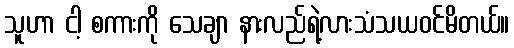
သူဟာ ငါ့ စကားကို သေချာ နားလည်ရဲ့လားသံသယဝင်မိတယ်။